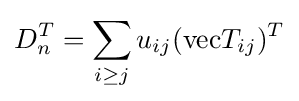
D_{n}^{T}=\sum \limits _{i\geq j}u_{ij}(\mathrm {vec} T_{ij})^{T}